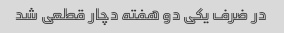
در ضرف یکی دو هفته دچار قطعی شد